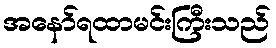
အနော်ရထာမင်းကြီးသည်